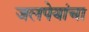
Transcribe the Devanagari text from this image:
जलपेयांचा